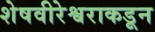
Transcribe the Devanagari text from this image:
शेषवीरेश्वराकडून